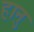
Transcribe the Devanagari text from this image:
हानु